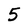
Character: 5